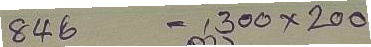
846 = 300 x 200